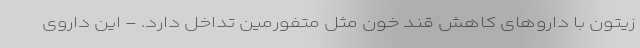
زیتون با داروهای کاهش قند خون مثل متفورمین تداخل دارد. - این داروی